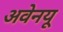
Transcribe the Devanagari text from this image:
अवेनयू